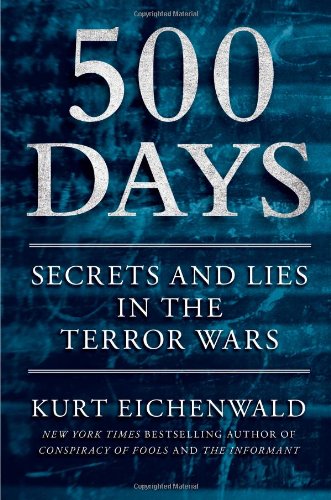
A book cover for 500 Days: Secrets and Lies in the Terror Wars; Kurt Eichenwald; History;